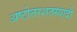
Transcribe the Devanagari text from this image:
अष्टोत्तरशतस्यादौ